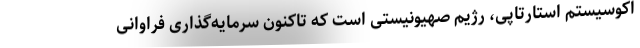
اکوسیستم استارتاپی، رژیم صهیونیستی است که تاکنون سرمایه‌گذاری فراوانی